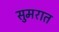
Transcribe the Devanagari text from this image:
सुमरात